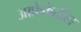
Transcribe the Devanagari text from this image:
आफ्रेकेतील